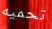
تحميه